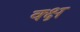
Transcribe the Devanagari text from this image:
क्क्ष